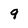
Character: 9